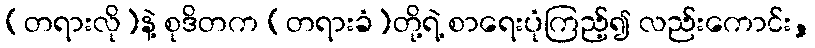
(တရားလို)နဲ့ စုဒိတက (တရားခံ)တို့ရဲ့ စာရေးပုံကြည့်၍ လည်းကောင်း,